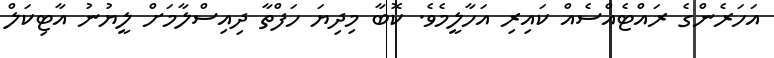
އަހަރެންގެ ރައްޓެއްސެއް ކައިރި އަހާލީމެވެ. ކޮބާ މިދިޔަ ހަފްތާ ދިއިސްލާމަށް ލީޔުނު އާޓިކަލް